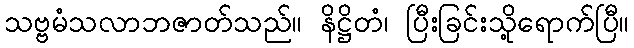
သဗ္ဗမံသလာဘဇာတ်သည်။ နိဋ္ဌိတံ၊ ပြီးခြင်းသို့ရောက်ပြီ။